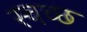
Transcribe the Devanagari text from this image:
स्चच्छ